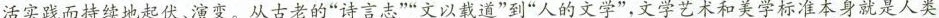
活实践而持续地起伏，演变。从古老的”诗言志””文以载道”到”人的文学“，文学艺术和美学标准本身就是人类